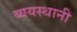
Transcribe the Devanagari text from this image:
व्ययस्थानी